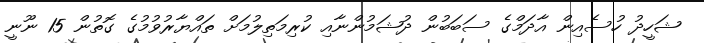
ޝަހީދު ހުސެއިން އާދަމްގެ ސަބަބުން ދުޝަމުންނާއި ކުރިމަތިލުމަށް ތައްޔާރުވުމުގެ ގޮތުން 15 ނޫނީ